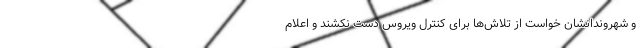
و شهروندانشان خواست از تلاش‌ها برای کنترل ویروس دست نکشند و اعلام